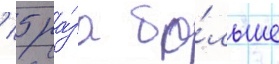
/ 5 ра́за бо́льше